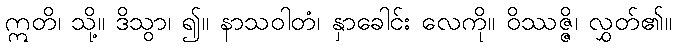
ဣတိ၊ သို့။ ဒိသွာ၊ ၍။ နာသဝါတံ၊ နှာခေါင်း လေကို။ ဝိဿဇ္ဇိ၊ လွှတ်၏။